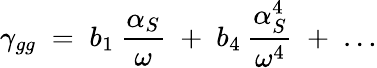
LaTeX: \gamma_{gg}\; =\; b_{1}\: \frac{\alpha_{S}}{\omega}\; +\; b_{4}\: \frac{\alpha_{S}^{4}}{\omega^{4}}\; +\; \ldots